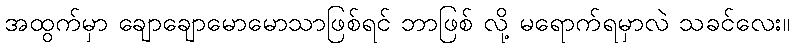
အထွက်မှာ ချောချောမောမောသာဖြစ်ရင် ဘာဖြစ် လို့ မရောက်ရမှာလဲ သခင်လေး။